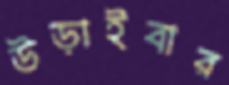
উড়াইবার